Vaccination in Bombay 1902-1912 - 1902-1912
Year: 1902
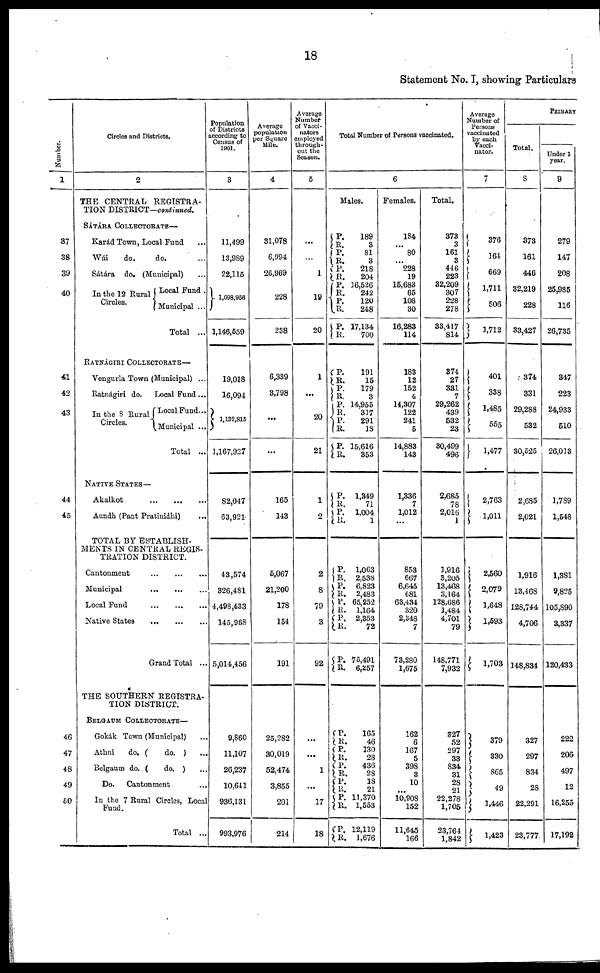
18
Statement No. I, showing Particulars
Number.
1
37
38
39
40
41
42
43
44
45
46
47
48
49
50
Circles and Districts.
2
THE CENTRAL REGISTRA-
TION DISTRICT—continued.
SÁTÁRA COLLECTORATE—
Karád Town, Local Fund ...
Wái
do.
do. ...
Sátára do. (Municipal) ...
In the 12 Rural
Circles.
Local Fund .
Municipal ...
Total ...
RATNÁGIRI COLLECTORATE—
Vengurla Town (Municipal) ...
Ratnágiri do.
Local Fund...
In the 8 Rural
Circles.
Local Fund...
Municipal ...
Total ...
NATIVE STATES—
Akalkot
...
...
...
Aundh (Pant Pratinidhi) ...
TOTAL BY ESTABLISH-
MENTS IN CENTRAL REGIS-
TRATION DISTRICT.
Cantonment
...
...
...
Municipal
...
...
...
Local Fund
...
...
...
Native States
...
...
...
Grand Total ...
THE SOUTHERN REGISTRA-
TION DISTRICT.
BELGAUM COLLECTORATE—
Gokák Town (Municipal) ...
Athni
do. (
do. )
...
Belgaum do. (
do. ) ...
Do. Cantonment ...
In the 7 Rural Circles, Local
Fund.
Total ...
Population
of Districts
according to
Census of
1901.
3
11,499
13,989
22,115
1,098,956
1,146,559
19,018
16,094
1,132,815
1,167,927
82,047
63,921
43,574
326,481
4,498,433
145,968
5,014,456
9,860
11,107
26,237
10,641
936,131
993,976
Average
population
per Square
Mile.
4
31,078
6,994
26,969
228
238
6,339
3,798
...
...
165
143
5,067
21,200
178
154
191
25,282
30,019
52,474
3,855
201
214
Average
Number
of Vacci-
nators
employed
through-
out the
Season.
5
...
...
1
19
20
1
...
20
21
1
2
2
8
79
3
92
...
...
1
...
17
18
Total Number of Persons vaccinated.
6
Males.
P.
R.
P.
R.
P.
R.
P.
R.
P.
R.
P.
R.
189
3
81
3
218
204
16,526
242
120
248
17,134
700
P.
R.
P.
R. P.
R.
P.
R.
P.
R.
191
15
179
3
14,955
317
291
18
15,616
353
P. R. P.
R.
P.
R. P.
R.
P.
R.
P.
R.
P.
R.
1,349
71
1,004
1
1,063
2,538
6,823
2,483
65,252
1,164
2,353
72
75,491
6,257
P.
R. P.
R.
P.
R.
P. R.
P.
R.
P.
R.
165
46
130
28
436
28
18
21
11,370
1,553
12,119
1,676
Females.
184
... 80
...
228
19
15,683
65
108
30
16,283
114
183
12
152
4
14,307
122
241
5
14,883
143
1,336
7
1,012
...
853
667
6,645
681
63,434
320
2,348
7
73,280
1,675
162
6
167
5
398
3
10
...
10,908
152
11,645
166
Total.
373
3
161
3
446
223
32,209
307
228
278
33,417
814
874
27
331
7
29,262
439
532
23
30,499
496
2,685
78
2,016
1
1,916
3,205
13,468
3,164
128,686
1,484
4,701
79
148,771
7,932
327
52
297
33
834
31
28
21
22,278
1,705
23,764
1,842
Average
Number of
Persons
vaccinated
by each
vacci-
nator.
7
376
164
669
1,711
506
1,712
401
338
1,485
555
1,477
2,763
1,011
2,560
2,079
1,648
1,593
1,703
379
330
865
49
1,446
1,423
PRIMARY
Total.
8
373
161
446
32,219
228
33,427
374
331
29,288
532
30,525
2,685
2,021
1,916
13,468
128,744
4,706
148,834
327
297
834
28
22,291
23,777
Under 1
year.
9
279
147
208
25,985
116
26,735
347
223
24,933
510
26,013
1,789
1,548
1,381
9,825
105,890
3,337
120,433
222
206
497
12
16,255
17,192